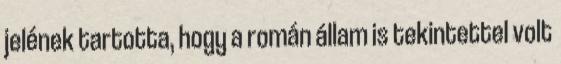
jelének tartotta, hogy a román állam is tekintettel volt